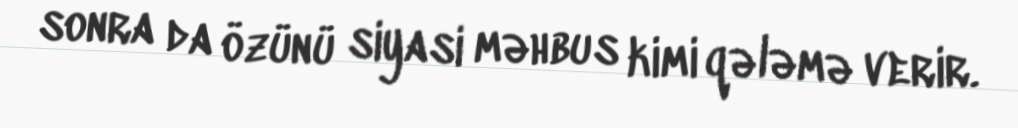
sonra da özünü siyasi məhbus kimi qələmə verir.